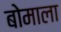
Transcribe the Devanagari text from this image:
बोमाला